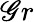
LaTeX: \mathscr{G}r